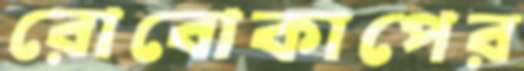
রোবোকাপের